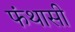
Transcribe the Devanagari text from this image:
फंथासी